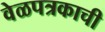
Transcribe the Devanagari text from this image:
वेळपत्रकाची